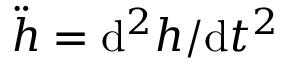
\ddot { h } = { \mathrm { d } ^ { 2 } h } / { \mathrm { d } t ^ { 2 } }